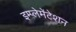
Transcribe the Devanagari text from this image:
इम्प्लेमेंटेशन